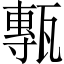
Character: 甎